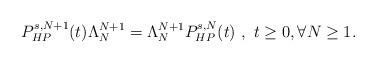
LaTeX: \begin{align*}P_{HP}^{s,N+1}(t)\Lambda_N^{N+1}=\Lambda_N^{N+1}P_{HP}^{s,N}(t) \ ,\ t \ge 0, \forall N\ge 1.\end{align*}